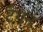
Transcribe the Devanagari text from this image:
टैंगन